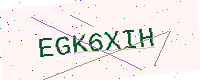
Text: EGK6XIH